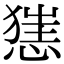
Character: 𢞪